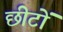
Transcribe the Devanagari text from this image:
छीटों